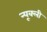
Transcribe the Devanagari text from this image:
न्यूक्ली